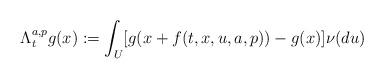
LaTeX: \begin{align*}\Lambda^{a,p}_t g(x):= \int_U [g(x + f(t,x, u, a, p)) -g(x)] \nu(du)\end{align*}